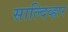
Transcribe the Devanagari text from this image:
साल्दिव्हार